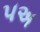
૫અ